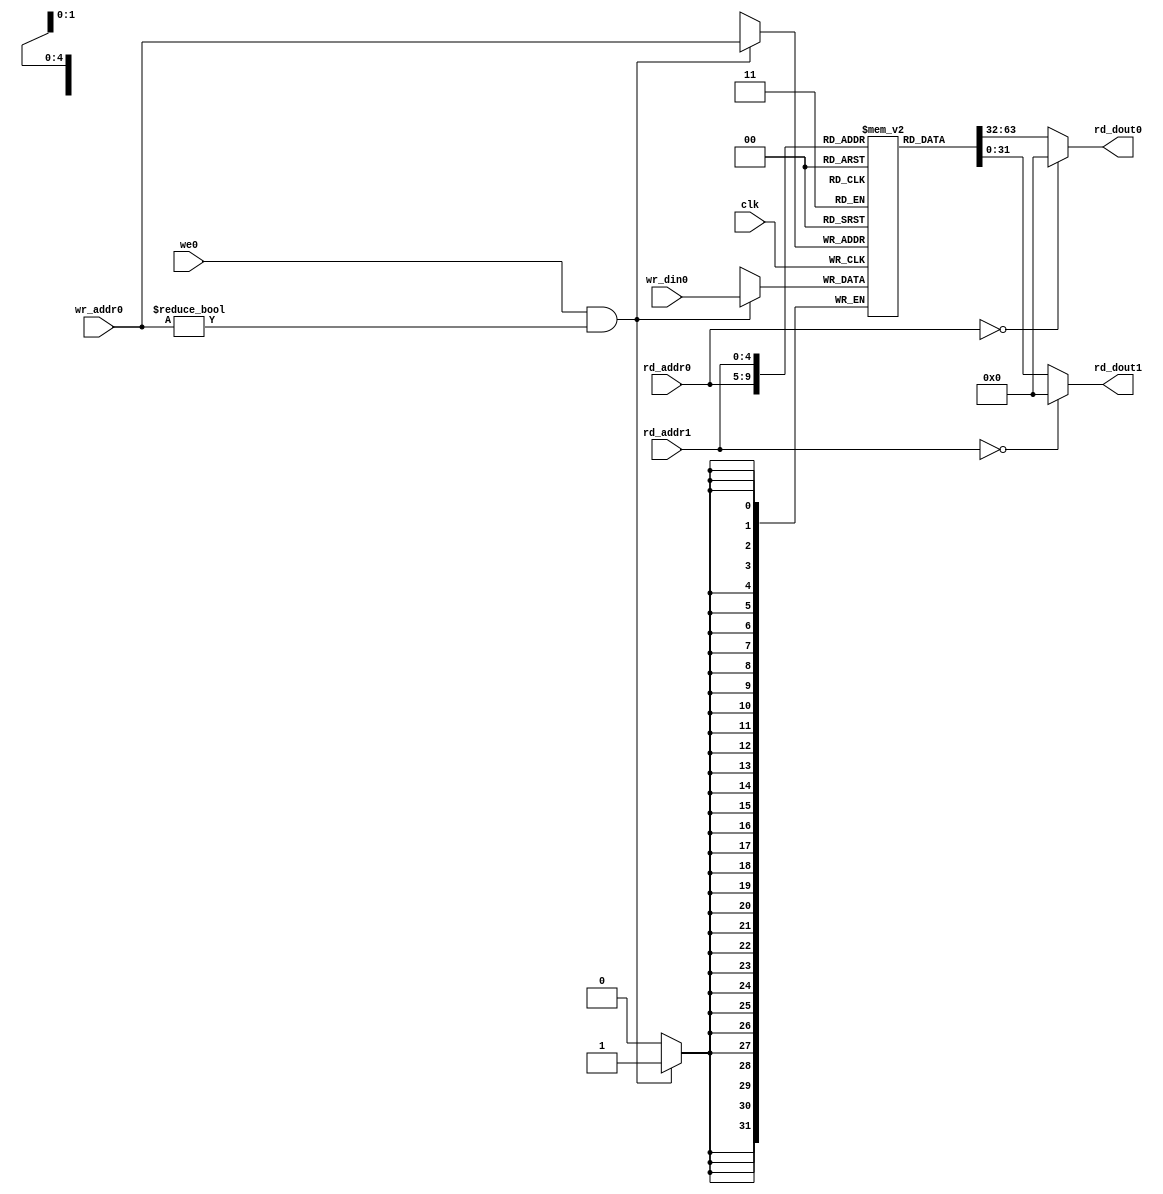
`timescale 1ns / 1ps
//////////////////////////////////////////////////////////////////////////////////
// Company: 
// Engineer: 
// 
// Design Name: 
// Module Name: RegFile
// Project Name: 
// Target Devices: 
// Tool Versions: 
// Description: 
// 
// Dependencies: 
// 
// Revision:
// Revision 0.01 - File Created
// Additional Comments:
// 
//////////////////////////////////////////////////////////////////////////////////


module RegFile#(parameter WIDTH = 32,parameter ADRESS_WIDTH = 5,parameter DEPTH = 32)(
        input clk,
        input [ADRESS_WIDTH-1:0]rd_addr0,rd_addr1,wr_addr0,
        input [WIDTH-1:0]wr_din0,
        input we0,
        output reg [WIDTH-1:0]rd_dout0,rd_dout1
    );
    reg [WIDTH-1:0] ram_block [DEPTH-1:0];
    integer i = 0;
    always @(posedge clk) begin
            if (we0 & (wr_addr0 != 5'd0))
                ram_block[wr_addr0] <= wr_din0;
        end
    always @(*) begin
        rd_dout0 = (rd_addr0 == 5'b0) ? 32'b0 : ram_block[rd_addr0];
        rd_dout1 = (rd_addr1 == 5'b0) ? 32'b0 : ram_block[rd_addr1];
    end
endmodule